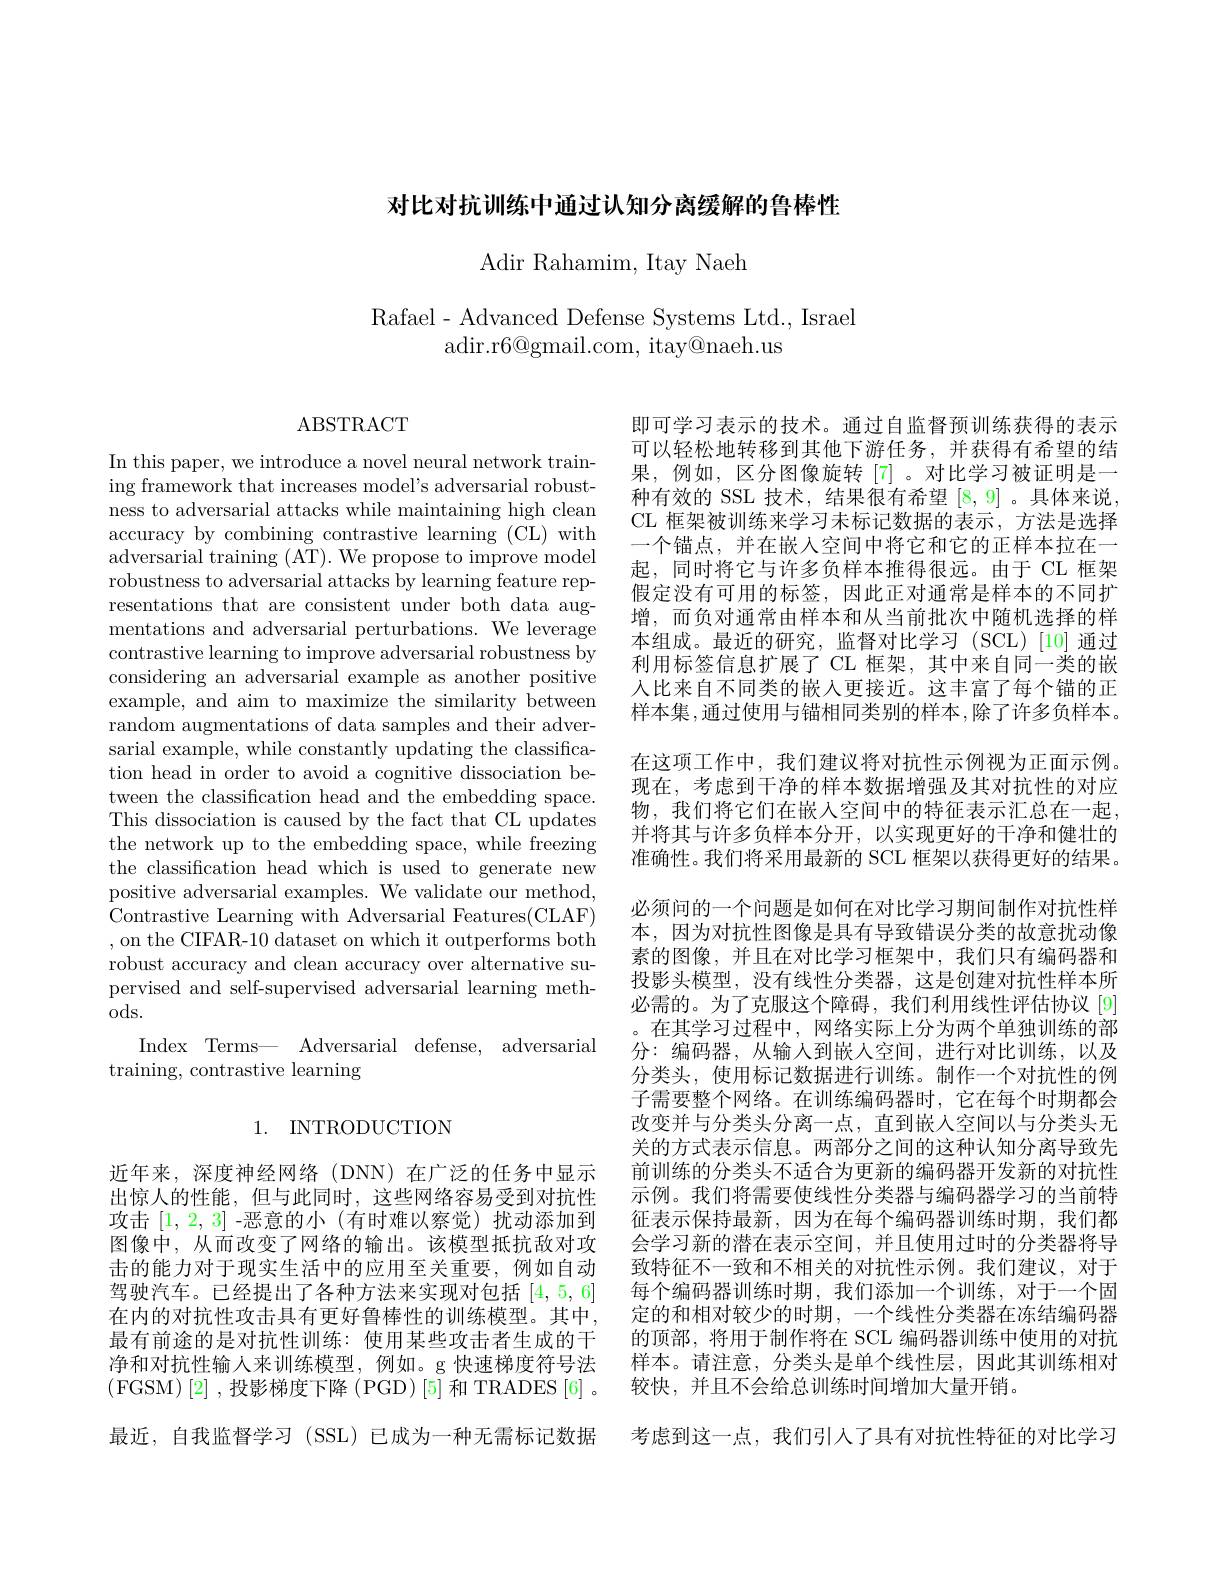
对比对抗训练中通过认知分离缓解的鲁棒性

Adir Rahamim, Itay Naeh

Rafael- Advanced Defense Systems Ltd., Israel
adir.r$6@$gmail.com, itay@naeh.us

## 1. INTRODUCTION

近年来，深度神经网络(DNN)在广泛的任务中显示出惊人的性能，但与此同时，这些网络容易受到对抗性击的能力对于现实生活中的应用至关重要，例如自动驾驶汽车。已经提出了各种方法来实现对包括[4,5,6] 在内的对抗性攻击具有更好鲁棒性的训练模型。其中，

ABSTRACT

In this paper, we introduce a novel neural network training framework that increases model's adversarial robustness to adversarial attacks while maintaining high clean accuracy by combining contrastive learning (CL) with adversarial training (AT). We propose to improve model robustness to adversarial attacks by learning feature representations that are consistent under both data augmentations and adversarial perturbations. We leverage contrastive learning to improve adversarial robustness by considering an adversarial example as another positive example, and aim to maximize the similarity between random augmentations of data samples and their adversarial example, while constantly updating the classification head in order to avoid a cognitive dissociation between the classification head and the embedding space. This dissociation is caused by the fact that CL updates the network up to the embedding space, while freezing the classification head which is used to generate new positive adversarial examples. We validate our method, Contrastive Learning with Adversarial Features(CLAF) ,on the CIFAR-10 dataset on which it outperforms both robust accuracy and clean accuracy over alternative supervised and self-supervised adversarial learning methods.
Index Terms— Adversarial defense, adversarial
training, contrastive learning

即可学习表示的技术。通过自监督预训练获得的表示可以轻松地转移到其他下游任务，并获得有希望的结果，例如，区分图像旋转[7]。对比学习被证明是一种有效的 SSL 技术，结果很有希望[8,9] 。具体来说， CL 框架被训练来学习未标记数据的表示，方法是选择一个锚点，并在嵌入空间中将它和它的正样本拉在一起，同时将它与许多负样本推得很远。由于 CL 框架假定没有可用的标签，因此正对通常是样本的不同扩增，而负对通常由样本和从当前批次中随机选择的样本组成。最近的研究，监督对比学习 (SCL)[10]通过利用标签信息扩展了 CL 框架，其中来自同一类的嵌人比来自不同类的嵌入更接近。这丰富了每个锚的正样本集，通过使用与锚相同类别的样本，除了许多负样本。在这项工作中，我们建议将对抗性示例视为正面示例。现在，考虑到干净的样本数据增强及其对抗性的对应物，我们将它们在嵌入空间中的特征表示汇总在一起， 并将其与许多负样本分开，以实现更好的干净和健壮的准确性。我们将采用最新的 SCL 框架以获得更好的结果。必须问的一个问题是如何在对比学习期间制作对抗性样本，因为对抗性图像是具有导致错误分类的故意扰动像素的图像，并且在对比学习框架中，我们只有编码器和投影头模型，没有线性分类器，这是创建对抗性样本所必需的。为了克服这个障碍，我们利用线性评估协议[9] 。在其学习过程中，网络实际上分为两个单独训练的部分：编码器，从输入到嵌人空间，进行对比训练，以及分类头，使用标记数据进行训练。制作一个对抗性的例子需要整个网络。在训练编码器时，它在每个时期都会改变并与分类头分离一点，直到嵌入空间以与分类头无关的方式表示信息。两部分之间的这种认知分离导致先前训练的分类头不适合为更新的编码器开发新的对抗性
示例。我们将需要使线性分类器与编码器学习的当前特
攻击[1,2,3] -恶意的小 (有时难以察觉)扰动添加到 征表示保持最新，因为在每个编码器训练时期，我们都图像中，从而改变了网络的输出。该模型抵抗敌对攻 会学习新的潜在表示空间，并且使用过时的分类器将导
致特征不一致和不相关的对抗性示例。我们建议，对于每个编码器训练时期，我们添加一个训练，对于一个固定的和相对较少的时期，一个线性分类器在冻结编码器
最有前途的是对抗性训练：使用某些攻击者生成的干 的顶部，将用于制作将在 SCL 编码器训练中使用的对抗净和对抗性输人来训练模型，例如。g 快速梯度符号法 样本。请注意，分类头是单个线性层，因此其训练相对(FGSM)[2] ,投影梯度下降(PGD)[5]和 TRADES[6]。较快，并且不会给总训练时间增加大量开销。
最近，自我监督学习 (SSL) 已成为一种无需标记数据 考虑到这一点，我们引人了具有对抗性特征的对比学习